Punjab Mental Hospital Lahore 1922-31 - 1922-1931
Year: 1922
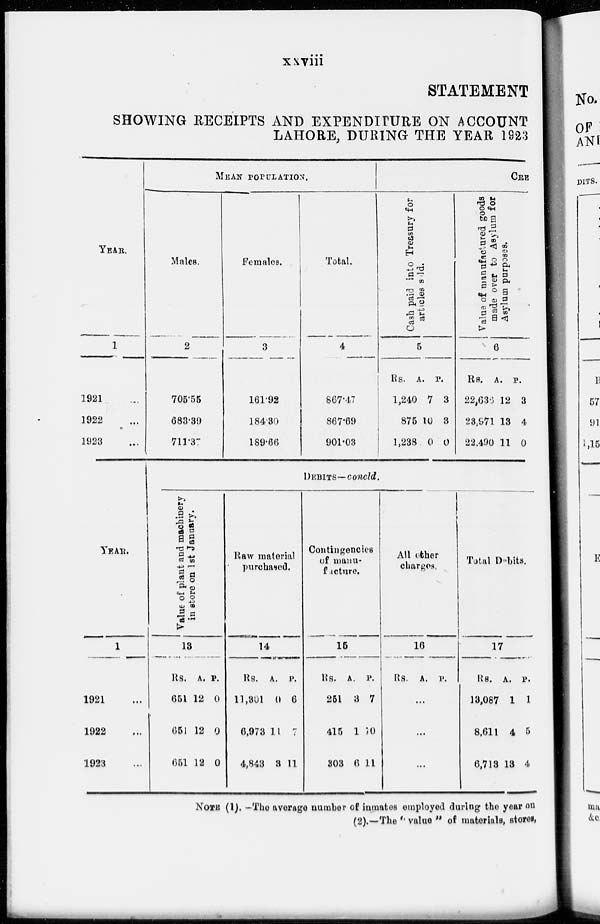
xxviii
STATEMENT
SHOWING RECEIPTS AND EXPENDITURE ON ACCOUNT
LAHORE, DURING THE YEAR 1923
YEAR.
1
1921 ...
1922 ...
1923 ...
MEAN POPULATION.
Males.
2
705.55
683.39
711.37
Females.
3
161.92
184.30
189.66
Total.
4
867.47
867.69
901.03
CRE
Cash paid into Treasury for
articles sold.
5
Rs.
1,240
875
1,238
A.
7
10
0
P.
3
3
0
Value of manufactured goods
made over to Asylum for
Asylum purposes.
6
Rs.
22,636
23,971
22.490
A.
12
13
11
P.
3
4
0
YEAR.
1
1921 ...
1922 ...
1923 ...
DEBITS—concld.
Value of plant and machinery
in store on 1st January.
13
Rs.
651
651
651
A.
12
12
12
P.
0
0
0
Raw material
purchased.
14
Rs.
11,301
6,973
4,843
A.
0
11
3
P.
6
7
11
Contingencies
of manu-
facture.
15
Rs.
251
415
303
A.
3
1
6
P.
7
10
11
All other
charges.
16
Rs. A. P.
...
...
...
Total Debits.
17
Rs.
13,087
8,611
6,713
A.
1
4
13
P.
1
5
4
NOTE (1).—The average number of inmates employed during the year on
(2).—The " value " of materials, stores,